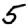
Digit: 5